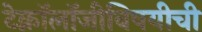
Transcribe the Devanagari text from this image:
टेक्नॉलॉजीविषयीची